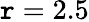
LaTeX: \mathtt{r}=2.5